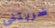
ضربتني